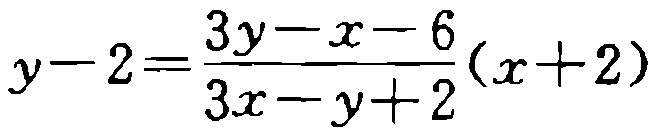
\(y - 2=\frac{3y - x - 6}{3x - y + 2}(x + 2)\)